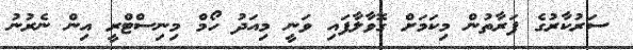
ސަރުކާރުގެ ފަރާތުން މިކަމަށް ގޮވާލާފައި ވަނީ މިއަދު ހޯމް މިނިސްޓްރީ އިން ނެރުނު